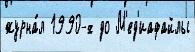
журна́л 1990-х до М'ед'иафайлы